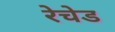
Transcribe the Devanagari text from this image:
रेचेड